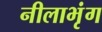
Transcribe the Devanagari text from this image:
नीलाभृंग